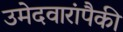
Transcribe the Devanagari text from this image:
उमेदवारांपैकी